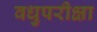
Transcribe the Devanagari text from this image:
वधुपरीक्षा